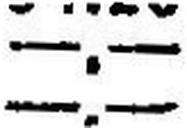
—.—